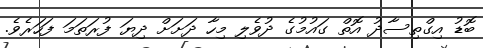
ބޮޑު އިގްތިސާދު އޮތް ގައުމުގެ ދުވެލި މިހާ ދަށަށް ދިޔަ ފުރަތަމަ ފަހަރެވެ.